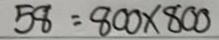
58 = 800 x 800